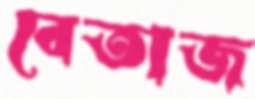
বেতাজ